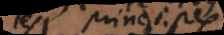
les Principes